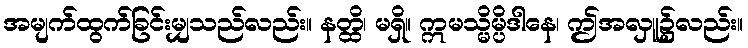
အမျက်ထွက်ခြင်းမျှသည်လည်း။ နတ္ထိ၊ မရှိ။ ဣမသ္မိမ္ပိဒါနေ၊ ဤအလှူ၌လည်း။